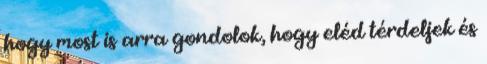
hogy most is arra gondolok, hogy eléd térdeljek és